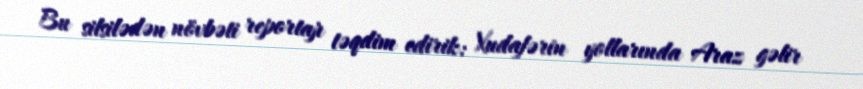
Bu silsilədən növbəti reportajı təqdim edirik: Xudafərin yollarında Araz gəlir